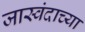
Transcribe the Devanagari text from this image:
जास्वंदाच्या